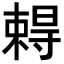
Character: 𡭂